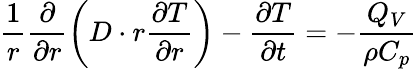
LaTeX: \frac{1}{r}\frac{\partial}{\partial r}\left(D\cdot r\frac{\partial T}{\partial r}\right)-\frac{\partial T}{\partial t}=-\frac{Q_{V}}{\rho C_{p}}